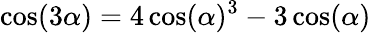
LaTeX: \cos(3\alpha)=4\cos(\alpha)^{3}-3\cos(\alpha)